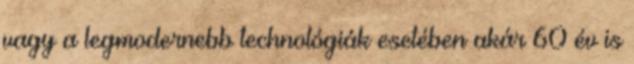
vagy a legmodernebb technológiák esetében akár 60 év is